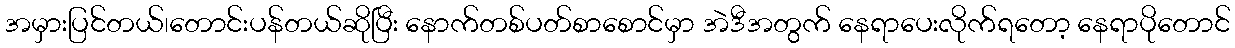
အမှားပြင်တယ်၊တောင်းပန်တယ်ဆိုပြီး နောက်တစ်ပတ်စာစောင်မှာ အဲဒီအတွက် နေရာပေးလိုက်ရတော့ နေရာပိုတောင်